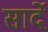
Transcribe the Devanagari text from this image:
सार्दे